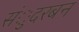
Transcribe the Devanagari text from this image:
संुदरबन